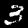
Digit: 3